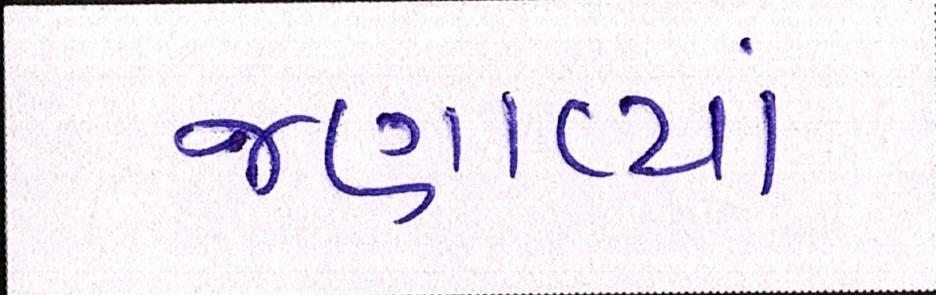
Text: જણાવ્યાં